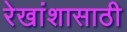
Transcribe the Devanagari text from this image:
रेखांशासाठी